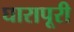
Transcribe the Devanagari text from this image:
घारापूरी